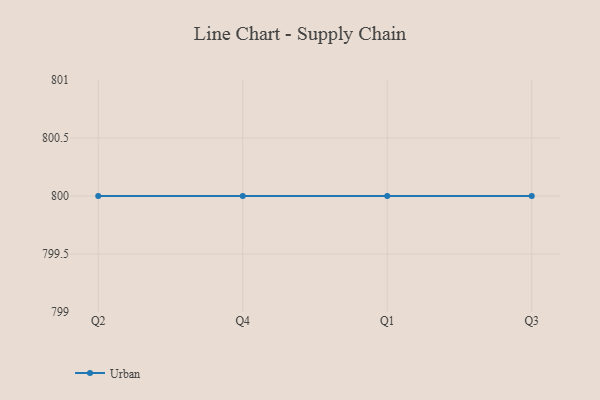
{"axis": {"x": "Quarter", "y": "LTV (USD)"}, "legend": ["Urban"], "data": [{"x": "Q2", "y": 800, "type": "Urban"}, {"x": "Q4", "y": 800, "type": "Urban"}, {"x": "Q1", "y": 800, "type": "Urban"}, {"x": "Q3", "y": 800, "type": "Urban"}]}